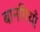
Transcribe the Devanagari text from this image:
बानगियाँ